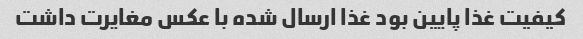
کیفیت غذا پایین بود غذا ارسال شده با عکس مغایرت داشت